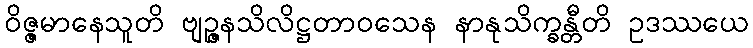
ဝိဇ္ဇမာနေသူတိ ဗျဉ္ဇနသိလိဋ္ဌတာဝသေန နာနုသိက္ခန္တီတိ ဥဒဿယေ